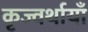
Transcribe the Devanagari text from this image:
कृज्वर्थायाँ